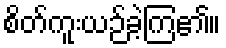
စိတ်ကူးယဉ်ခဲ့ကြ၏။